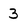
Character: 3